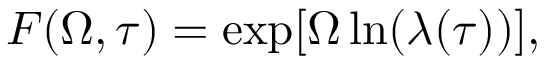
F ( { \mit \Omega } , \tau ) = \exp [ { \mit \Omega } \ln ( \lambda ( \tau ) ) ] ,